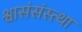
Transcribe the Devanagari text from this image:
श्वासंसंस्त्था